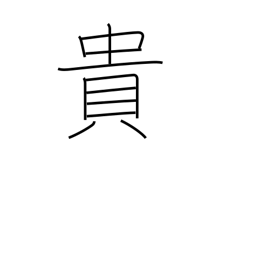
Meaning: precious